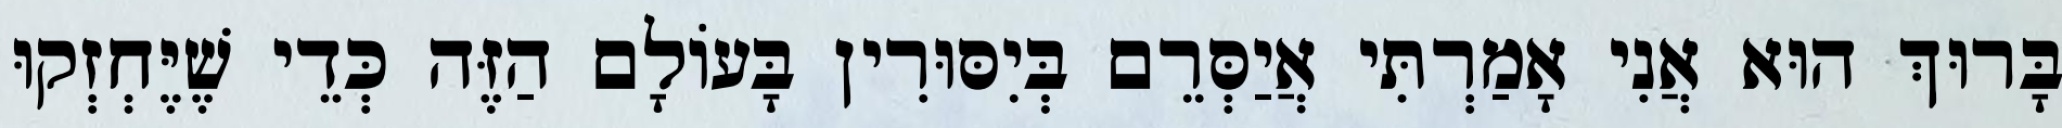
בָּרוּךְ הוּא אֲנִי אָמַרְתִּי אֲיַסְּרֵם בְּיִסּוּרִין בָּעוֹלָם הַזֶּה כְּדֵי שֶׁיֶּחְזְקוּ